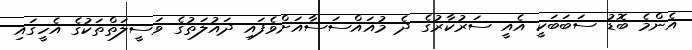
އެންމެ ބޮޑު ސަބަބަކީ އެއީ ސަރުކާރުގެ ދެ މުއައްސަސާއަށްވެފައި ދައުލަތުގެ ވަސީލަތްތަކުގެ އެހީގައި